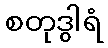
စတုဒွါရံ